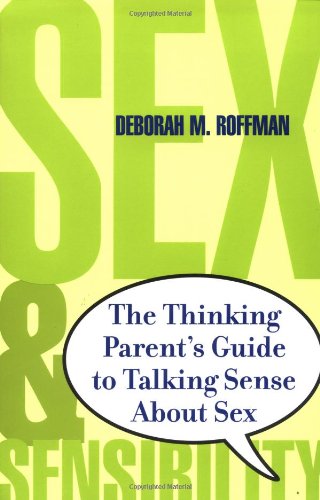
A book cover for Sex and Sensibility: The Thinking Parent's Guide to Talking Sense About Sex; Deborah M. Roffman; Teen & Young Adult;